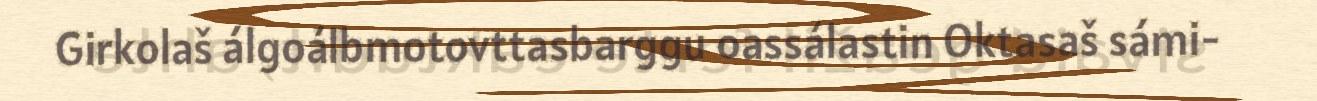
Girkolaš álgoálbmotovttasbarggu oassálastin Oktasaš sámi-